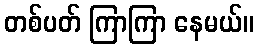
တစ်ပတ် ကြာကြာ နေမယ်။